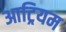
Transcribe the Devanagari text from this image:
आट्रियम